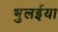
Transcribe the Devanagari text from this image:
भुलईया